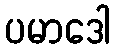
ပမာဒေါ